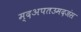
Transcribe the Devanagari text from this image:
म्दअपतउमदजंस